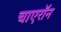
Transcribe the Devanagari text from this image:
चाएरॉन